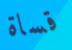
قساة